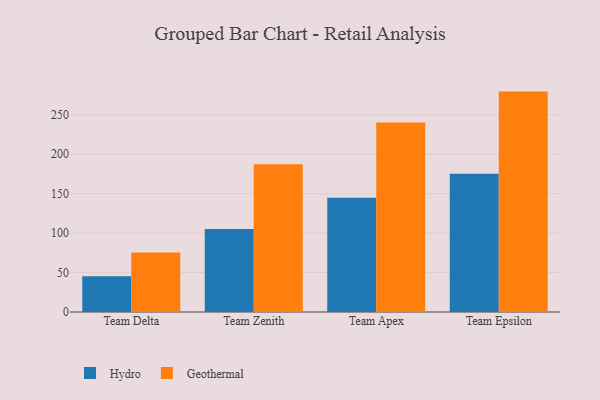
{"axis": {"x": "Team", "y": "Net Income (USD K)"}, "legend": ["Geothermal", "Hydro"], "data": [{"x": "Team Delta", "y": 45.4, "type": "Hydro"}, {"x": "Team Delta", "y": 75.5, "type": "Geothermal"}, {"x": "Team Zenith", "y": 105.2, "type": "Hydro"}, {"x": "Team Zenith", "y": 187.3, "type": "Geothermal"}, {"x": "Team Apex", "y": 144.8, "type": "Hydro"}, {"x": "Team Apex", "y": 240.3, "type": "Geothermal"}, {"x": "Team Epsilon", "y": 175.3, "type": "Hydro"}, {"x": "Team Epsilon", "y": 279.4, "type": "Geothermal"}]}